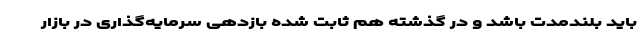
باید بلندمدت باشد و در گذشته هم ثابت شده بازدهی سرمایه‌گذاری در بازار